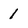
Character: 1